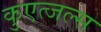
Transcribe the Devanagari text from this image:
कुएत्जल्स